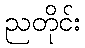
ညတိုင်း